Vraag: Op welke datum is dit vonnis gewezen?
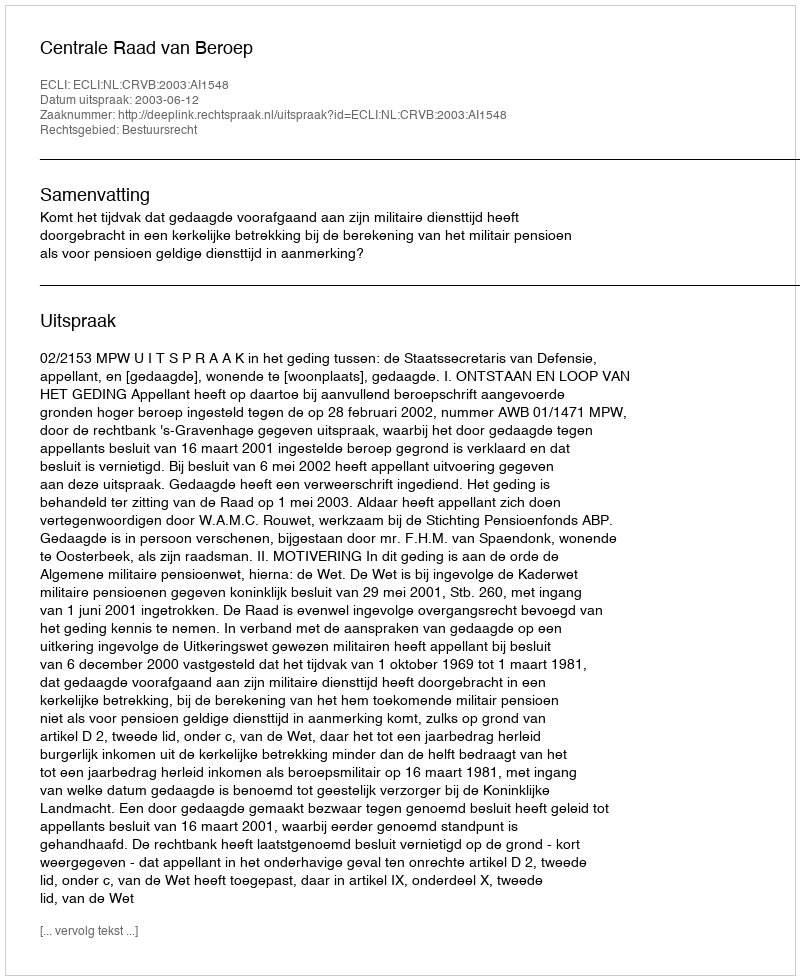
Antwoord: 2003-06-12